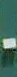
-